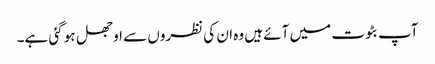
آپ بٹوت میں آئے ہیں وہ ان کی نظروں سے اوجھل ہو گئی ہے۔